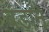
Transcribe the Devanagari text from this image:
बडाने